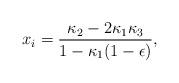
LaTeX: \begin{align*}x_{i}=\frac{\kappa_2 - 2\kappa_1\kappa_3}{1-\kappa_1(1-\epsilon)}, \end{align*}